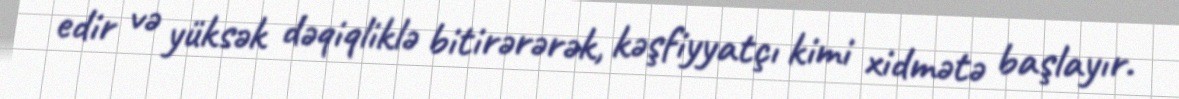
edir və yüksək dəqiqliklə bitirərərək, kəşfiyyatçı kimi xidmətə başlayır.